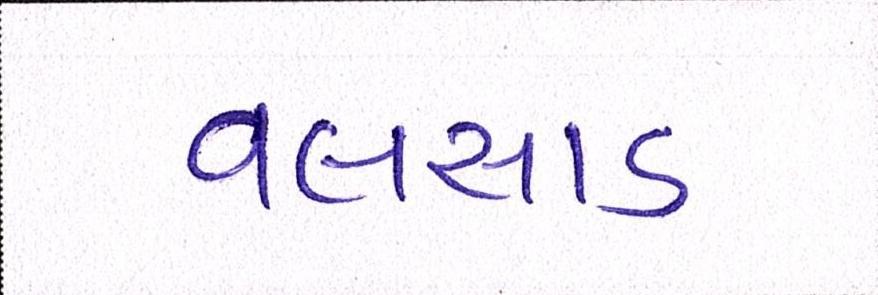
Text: વલસાડ